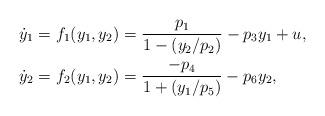
LaTeX: \begin{align*} \begin{aligned} \dot y_1 &= f_1(y_1, y_2) = \frac{p_1}{1 - (y_2/p_2)} - p_3 y_1 + u, \\ \dot y_2 &= f_2(y_1, y_2) = \frac{- p_4}{1 + (y_1/p_5)} - p_{6} y_2, \end{aligned} \end{align*}